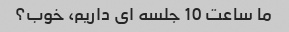
ما ساعت 10 جلسه ای داریم، خوب؟